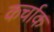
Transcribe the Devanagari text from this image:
कर्चाक